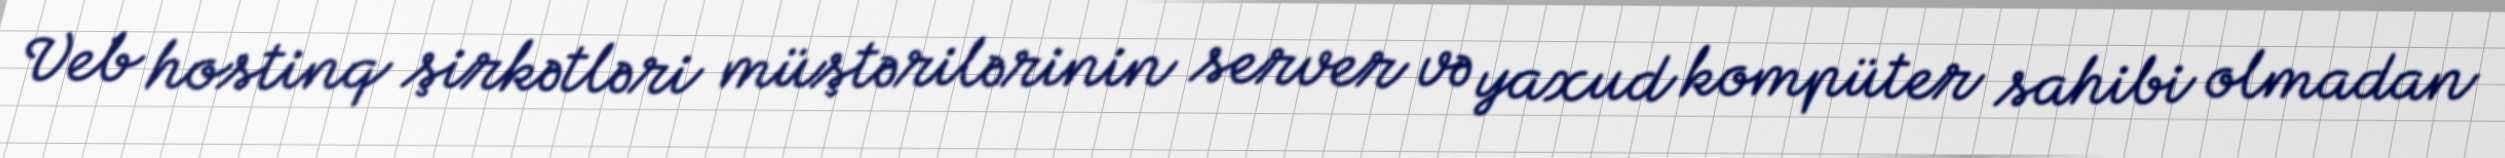
Veb hostinq şirkətləri müştərilərinin server və yaxud kompüter sahibi olmadan